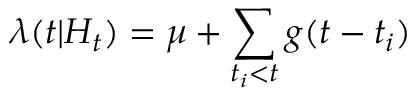
\lambda ( t | H _ { t } ) = \mu + \sum _ { t _ { i } < t } g ( t - t _ { i } )